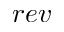
r e v